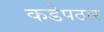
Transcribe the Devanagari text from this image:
कडेपठार